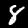
Digit: 8